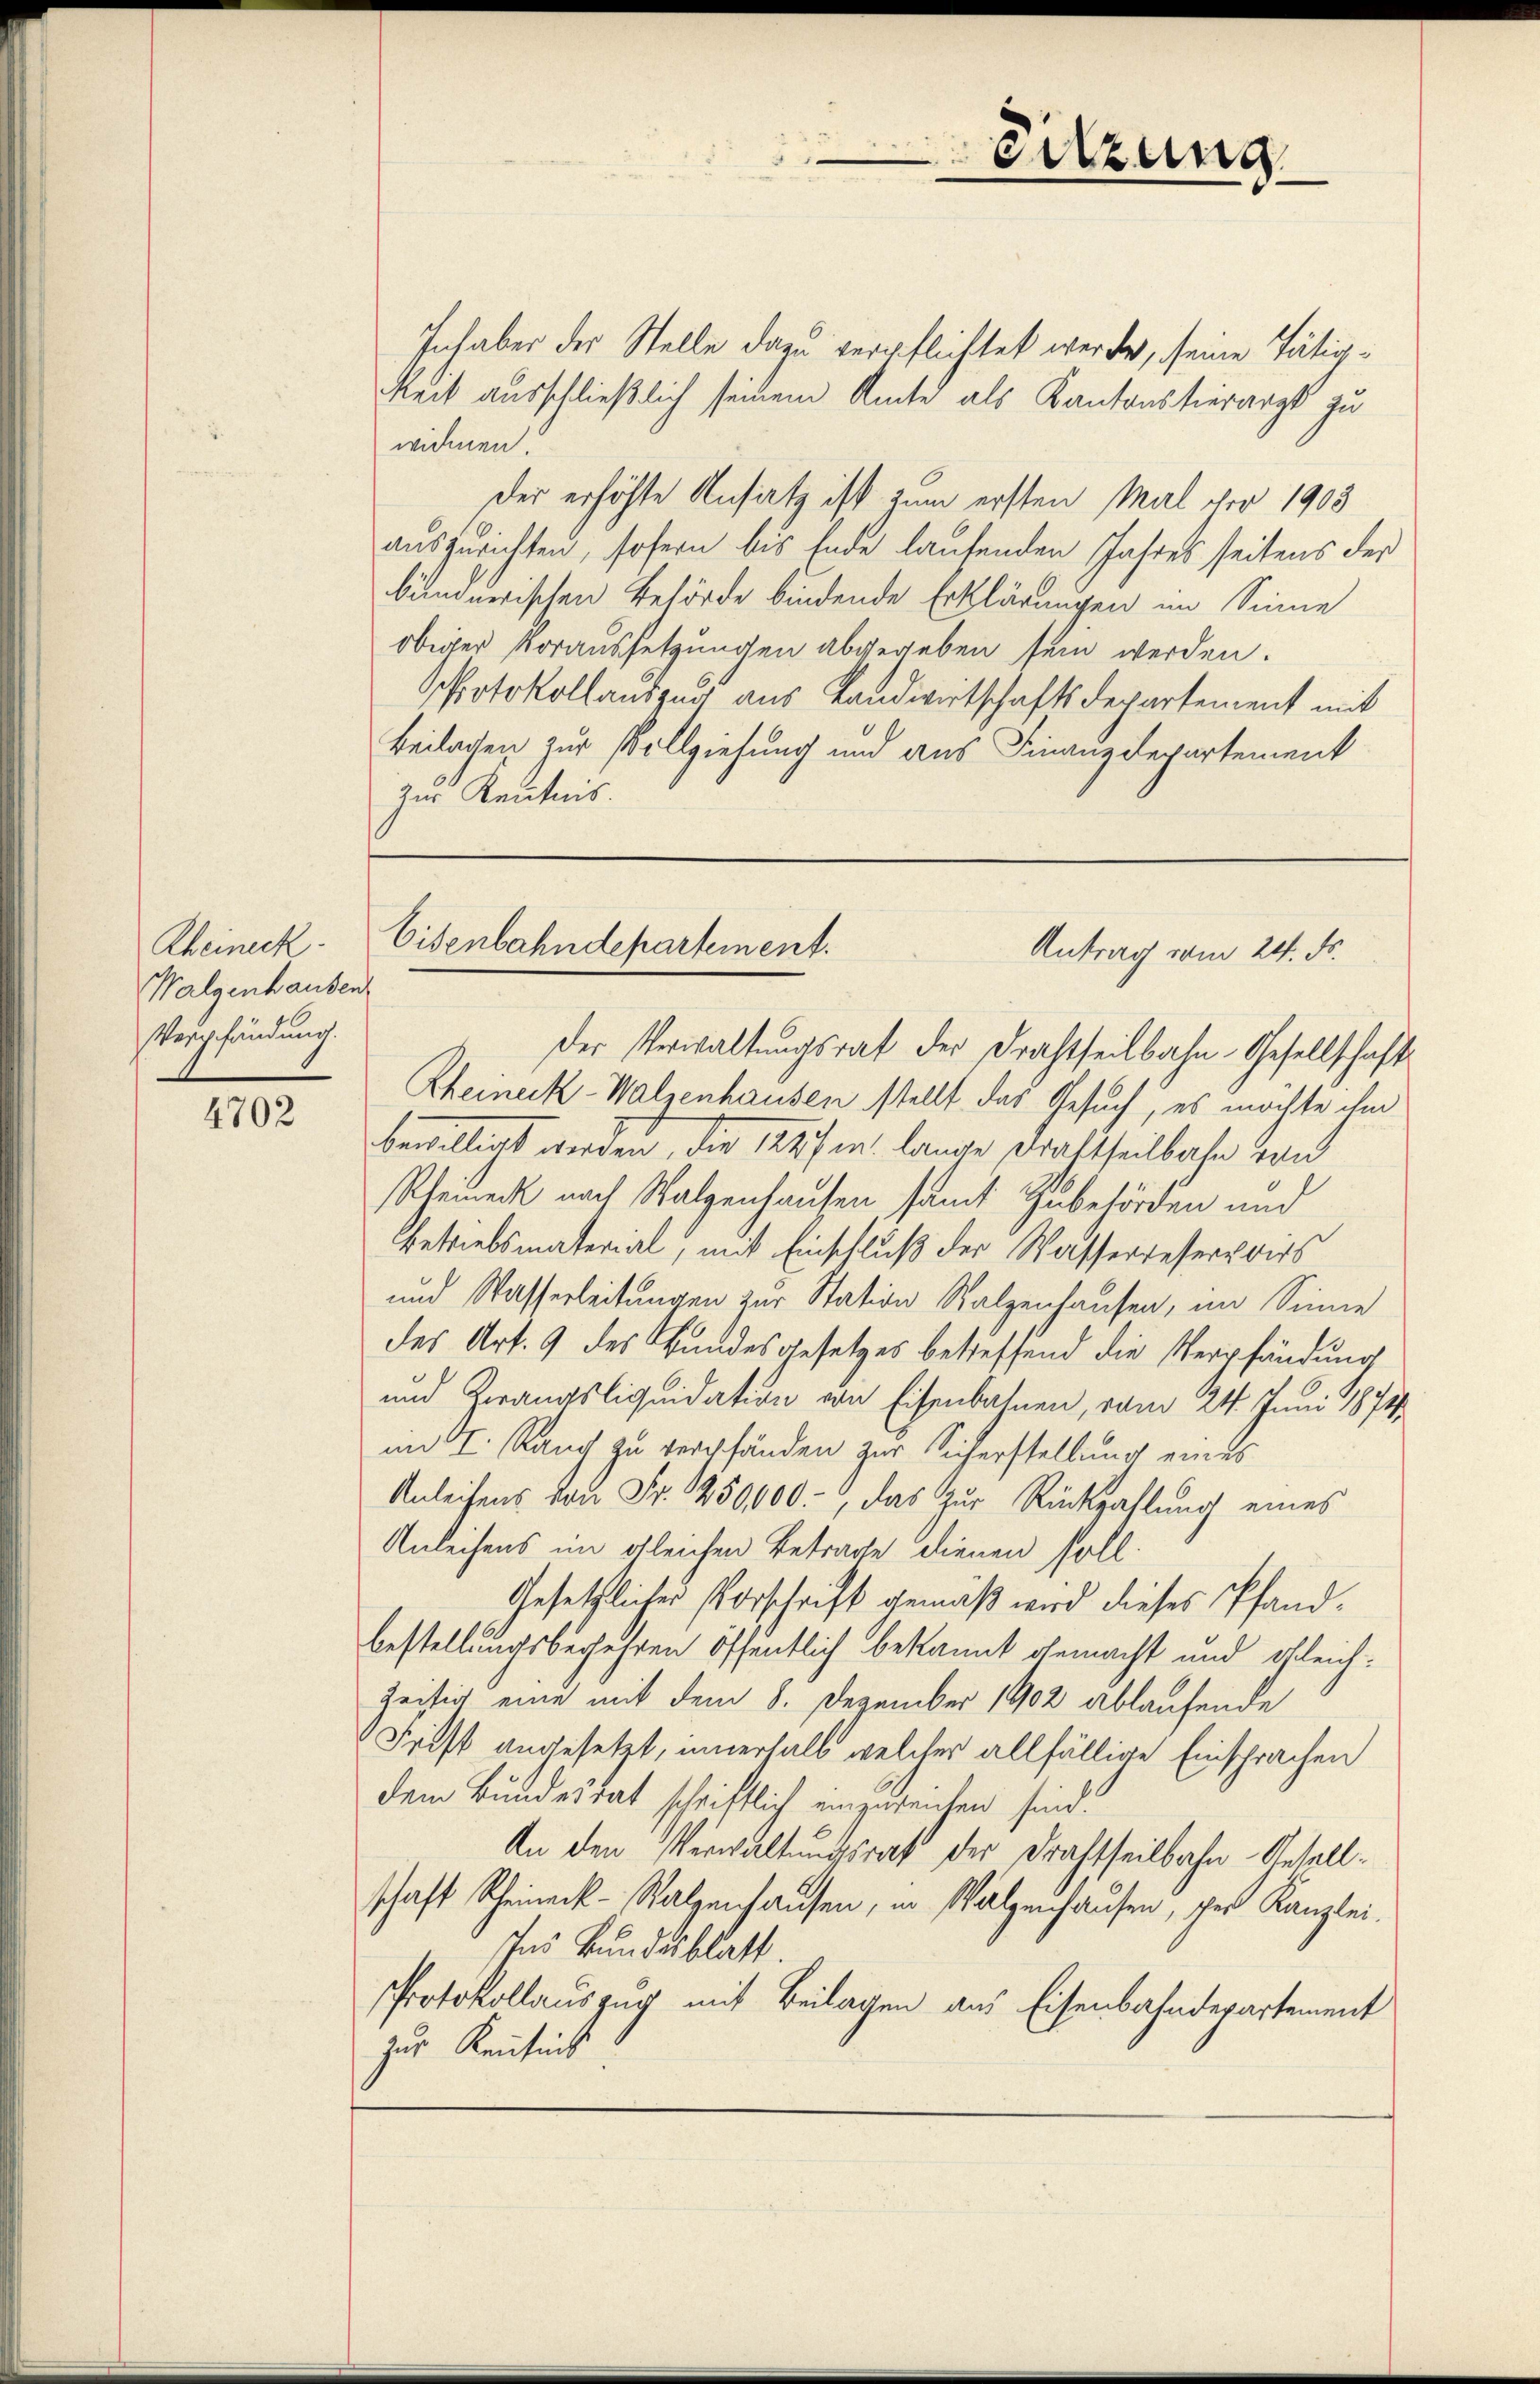
Rheineck.
Walgenhausen
Verpfändung.

4702

Inhaber der Stelle dazu verpflichtet werden, seine Tätig¬
Reck ausschließlich seinem Amte als Kantonstierarzt zu
widmen.
der erhöhte Ansatz ist zum ersten Mal der 1903
auszurichten, sofern bis Ende laufenden Jahres seitens der
bündnerischen Behörde bindende Erklärungen im Sinne
obiger Voraussetzungen abgegeben sein werden.
Protokollauszug aus Landwirtschaftsdepartement mit
Beilagen zur Vollziehung und aus Finanzdepartement
zur Kenntnis.

der Verwaltŭngsrat der Frachtheilbahn-Gesellschaft
Rheineck-Walzenhausen stellt das Gesuch, es möchte ihm
bewilligt werden, die 1247 u. lange Frachtheilbahn von
Kleineck nach Walzenhausen samt Zubehörden und
Betriebsmaterial, mit Einschluß der Wasserweservoirs
und Wasserleitungen zur Station Salzenhausen, im Sinne
des Art. 9 des Bundesgesetzes betreffend die Verpfändung
und Krangsliquidation von Eisenbahnen, vom 24. Juni 1874
im K. Rauch zu verpfänden zur Sicherstellung eines
Anleihens von Fr. 1250,000, das zur Rückzahlung eines
Anleihens im gleichen Betrage dienen soll.
Gesetzlicher Vorschrift gemäß wird dieses Pfandbestellungsbegehren öffentlich bekannt gemacht und gleichzeitig eine mit dem 8. Dezember 1902 ablaufende
Frist angesetzt, innerhalb welcher allfällige Einsprachen
dem Bundesrat schriftlich einzureichen sind.
An den Verwaltungsrath der Drahtheilbahn-Gesellschaft Scheineck-Salzenhausen, in Walzenhausen, des Kanzlei-
Ins Bundesblatt.
Protokollauszug mit Beilagen aus Eisenbahnderartement
zur Kenntnis

Sitzung

Eisenbahndepartement.
Antrag vom 24. ds.